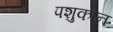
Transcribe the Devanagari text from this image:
पशुकान